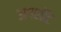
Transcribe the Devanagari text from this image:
अपशॉट